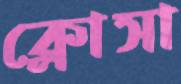
ক্লোসা